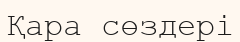
Қара сөздері